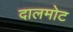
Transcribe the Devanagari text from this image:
दालमोट